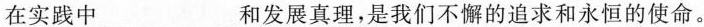
在实践中___和发展真理，是我们不懈的追求和永恒的使命。